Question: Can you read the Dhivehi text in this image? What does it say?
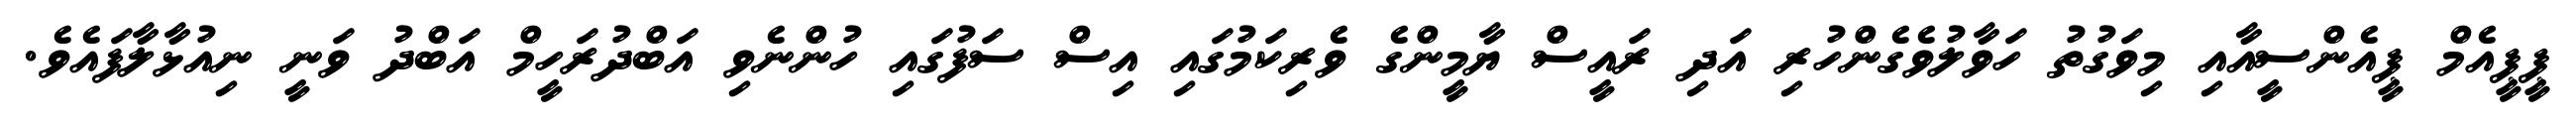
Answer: ޕީޕީއެމް ޕީއެންސީއާއި މިވަގުތު ހަވާލުވެގެންހުރި އަދި ރައީސް ޔާމީންގެ ވެރިކަމުގައި އިސް ސަފުގައި ހުންނެވި އަބްދުރަހީމް އަބްދު ވަނީ ނިއުޅާލާފައެވެ.